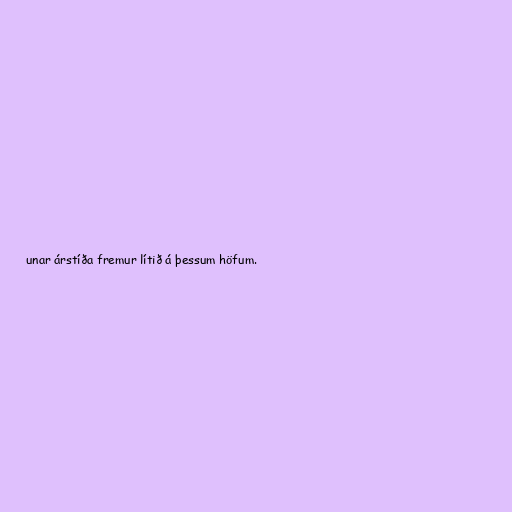
unar árstíða fremur lítið á þessum höfum.